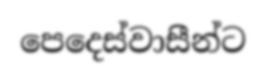
පෙදෙස්වාසීන්ට